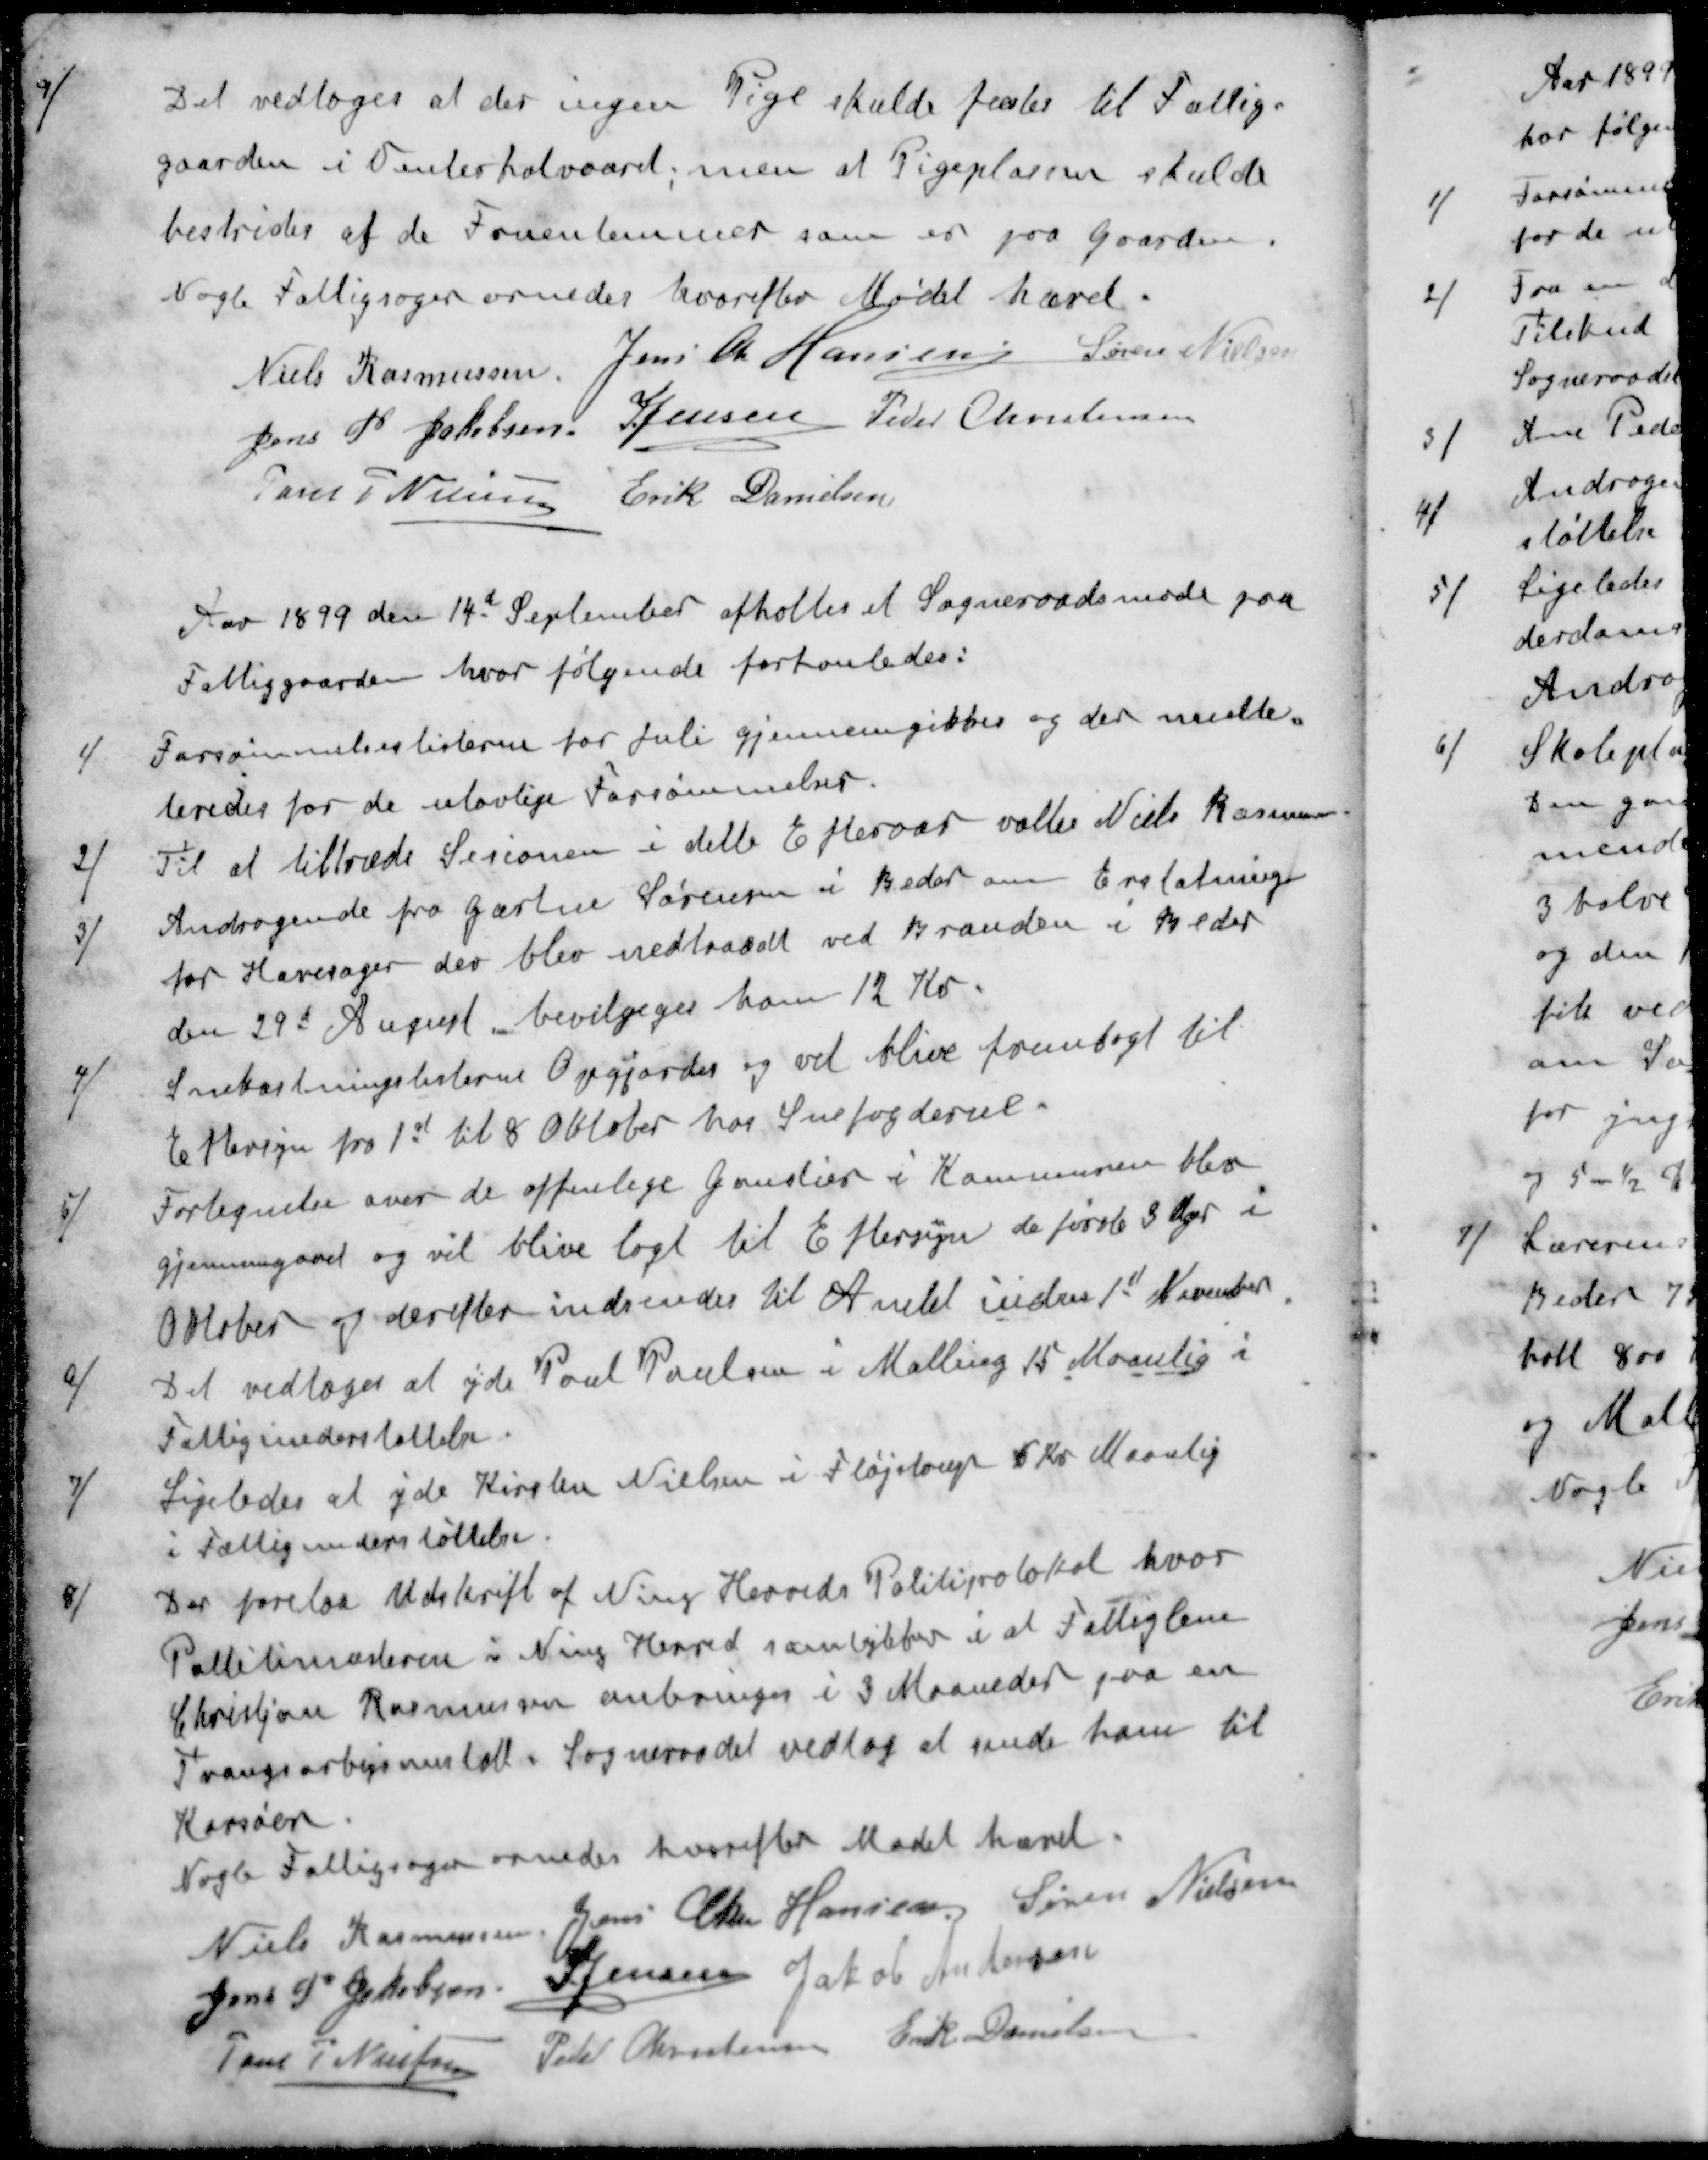
Transskription:
9 / Det vedtoges at der ingen Pige skulde fæstes til Fattig-
gaarden i Vinterhalvaaret, men at Pigeplasen skulde
bestrides af de Fruentimmer som er paa Gaarden
Nogle Fattigsager ornedes hvorefter Mødet hævet.
Niels Rasmussen
Jens Chr Hansen
Søren Nielsen
Jens P Jakobsen
S Jensen
Peder Christensen
Jens P. Nielsen
Erik Danielsen
Aar 1899 den 14d September afholtes et Sogneraadsmøde paa
Fattiggaarden, hvor følgende forhanledes:
1 /Forsømmelseslisterne for Juli gjennemgikkes og der multe
teredes for de ulovlige Forsømmelser.
2 / Til at tiltræde Sesionen i dette Efteraar valtes Niels Rasmussen
3 / Andragende fra Gartne Sørensen i Beder om Erstatning
for Havesager der blev nedtraadt ved Branden i Beder
den 29d August bevilgedes ham 12 Kr.
4 / Snekastningslisterne Opgjordes og vil blive fremlagt til
Eftersyn fra 1st til 8 Oktober hos Snefogderne.
5 / Fortegnelse over de offenlige Ganstier i Kommunen blev
gjennemgaaet og vil blive lagt til Eftersyn de første 3 Uger i
Skober og derefter indsendes til Amtet inden 1d November.
6 / Det vedtoges at yde Poul Poulsen i Malling 15 Maanlig i
Fattigunderstøttelse.
7 / Ligeledes at yde Kirsten Nielsen i Fløjstor 5 Kr Maanlig
i Fattigunderstøttelse.
8 / Der forelaa Udskrift af Ning Herreds Politiprotokol hvor
Pollitimesteren i Ning Herred samtykker i at Fattiglem
Christian Rasmussen anbringes i 3 Maaneder paa en
Tvangsarbejsanstalt Sogneraadet vedtog at sende ham til
Korsør
Nogle Fattigsager ornedes hvorefter Mødet hævet.
Niels Rasmussen
Jens Chr Hansen
Søren Nielsen
Jens P. Jakobsen
S Jensen
Jakob Andersen
Jens P Nielsen
Peder Christensen
Erik Danielsen